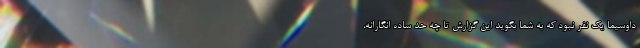
داوسیما یک نفر نبود که به شما بگوید این گزارش تا چه حد ساده انگارانه،